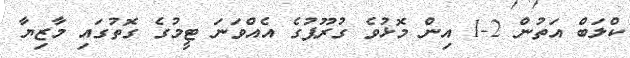
ކްލަބް އަތުން 2-1 އިން މޮޅުވެ ގުރޫޕުގެ އެއްވަނަ ޓީމުގެ ގޮތުގައި މާޒިޔާ